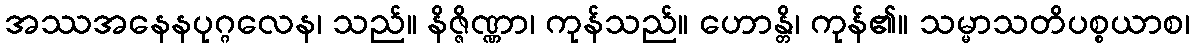
အဿအနေနပုဂ္ဂလေန၊ သည်။ နိဇ္ဇိဏ္ဏာ၊ ကုန်သည်။ ဟောန္တိ၊ ကုန်၏။ သမ္မာသတိပစ္စယာစ၊